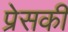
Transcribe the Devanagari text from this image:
प्रेसकी